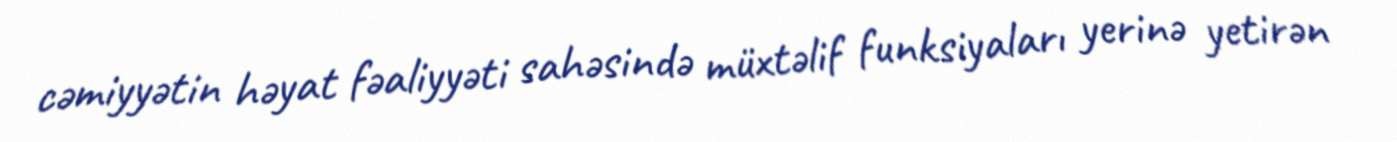
cəmiyyətin həyat fəaliyyəti sahəsində müxtəlif funksiyaları yerinə yetirən